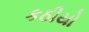
કઠીયો